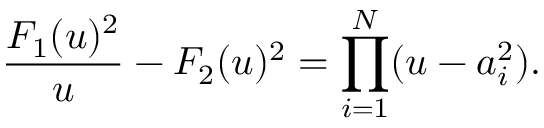
\frac { F _ { 1 } ( u ) ^ { 2 } } { u } - F _ { 2 } ( u ) ^ { 2 } = \prod _ { i = 1 } ^ { N } ( u - a _ { i } ^ { 2 } ) .